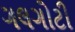
ગલગોટી